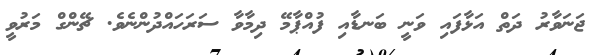
ޖަނަވާރު ދަތް އަޅާފައި ވަނީ ބަނޑާއި ފުއްޕާމޭ ދިމާވާ ސަރަހައްދުންނެވެ. ޗޭންގް މަރުވީ